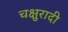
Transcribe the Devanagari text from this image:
चक्षुरादी